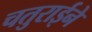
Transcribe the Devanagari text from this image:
चतुराईने